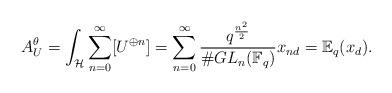
LaTeX: \begin{align*}A_U^{\theta } = \int_{\mathcal{H}} \sum_{n=0}^{\infty} [U^{\oplus n}] = \sum_{n=0}^{\infty} \frac{q^{\frac{n^2}{2}}}{\# GL_n (\mathbb{F}_q)} x_{nd} =\mathbb{E}_q(x_d).\end{align*}